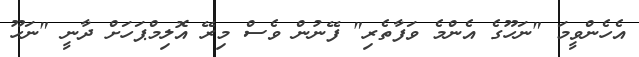
އެހެންވީމަ "ނަހޫގެ އެންމެ ވަފާތެރި" ފޭނުން ވެސް މިިރޭ އޮލިމްޕަހަށް ދާނީ "ނަހޫ